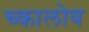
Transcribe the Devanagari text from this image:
च्कालोव